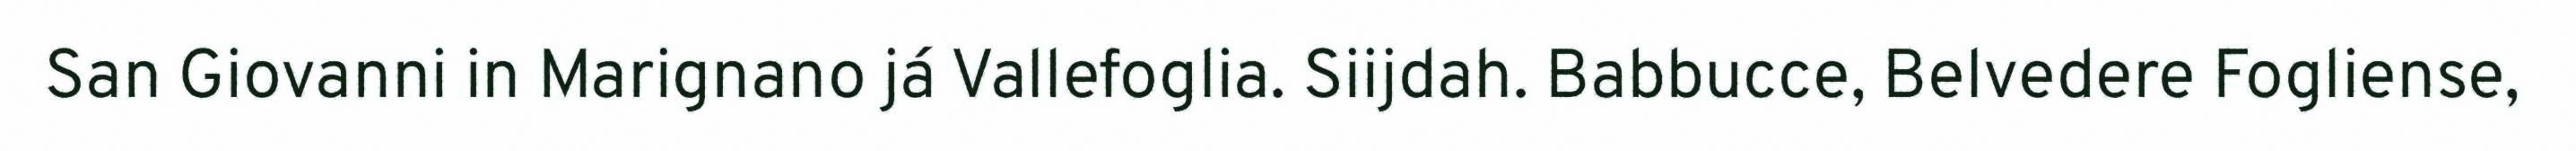
San Giovanni in Marignano já Vallefoglia. Siijdah. Babbucce, Belvedere Fogliense,